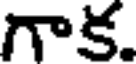
గాక.